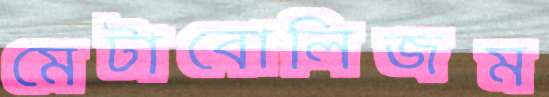
মেটাবোলিজম